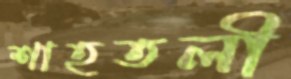
শাহতলী